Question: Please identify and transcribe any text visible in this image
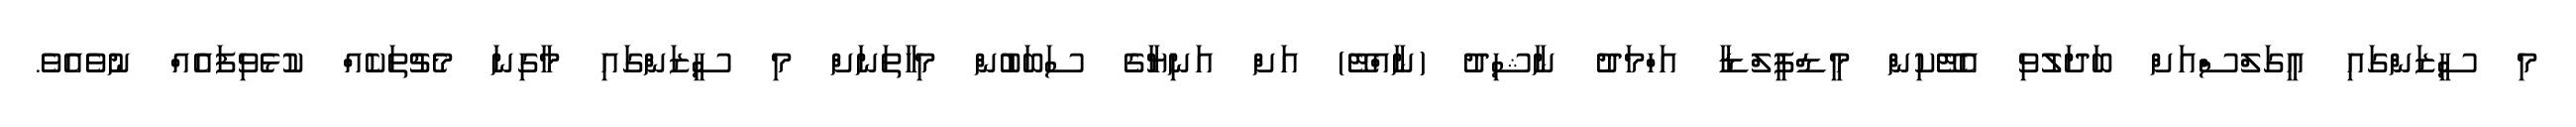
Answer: މި ސީޒަންގައި އީގަލްސްއަށް ބަދަލުވި އެޓޭކިން މީޑްފީލްޑާ އަހްމަދު ނާޝިދު (ނާއްޓޭ) އަށް އަނިޔާގެ ސަބަބުން މިހާތަނަށް މި ސީޒަންގައި މާގިނަ މެޗުތަކެއް ކުޅެވިފައެއް ނުވެއެވެ.